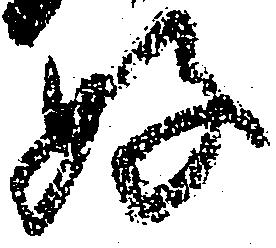
好